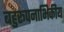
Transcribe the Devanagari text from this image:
बहुरूपनाभिकीय